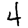
Digit: 4